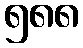
၅၈၈